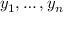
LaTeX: y _ { 1 } , \dots , y _ { n }